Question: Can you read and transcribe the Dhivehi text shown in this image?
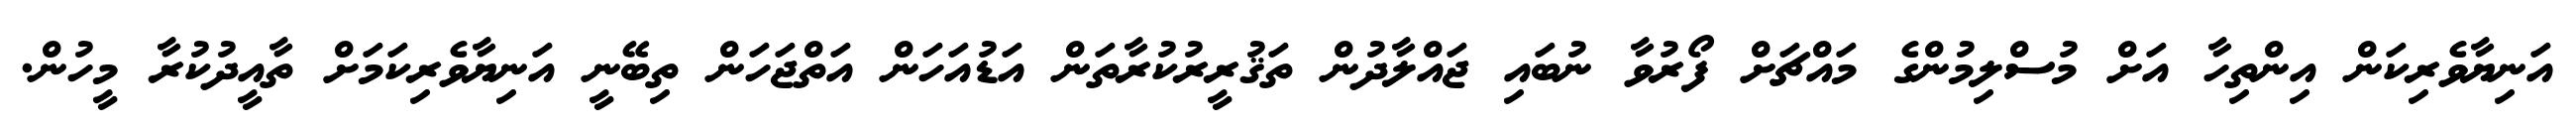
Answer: އަނިޔާވެރިކަން އިންތިހާ އަށް މުސްލިމުންގެ މައްޗަށް ފޯރުވާ ނުބައި ޖައްލާދުން ތަޤުރީރުކުރާތަން އަޑުއަހަން އަތްޖަހަން ތިބޭނީ އަނިޔާވެރިކަމަށް ތާއީދުކުރާ މީހުން.